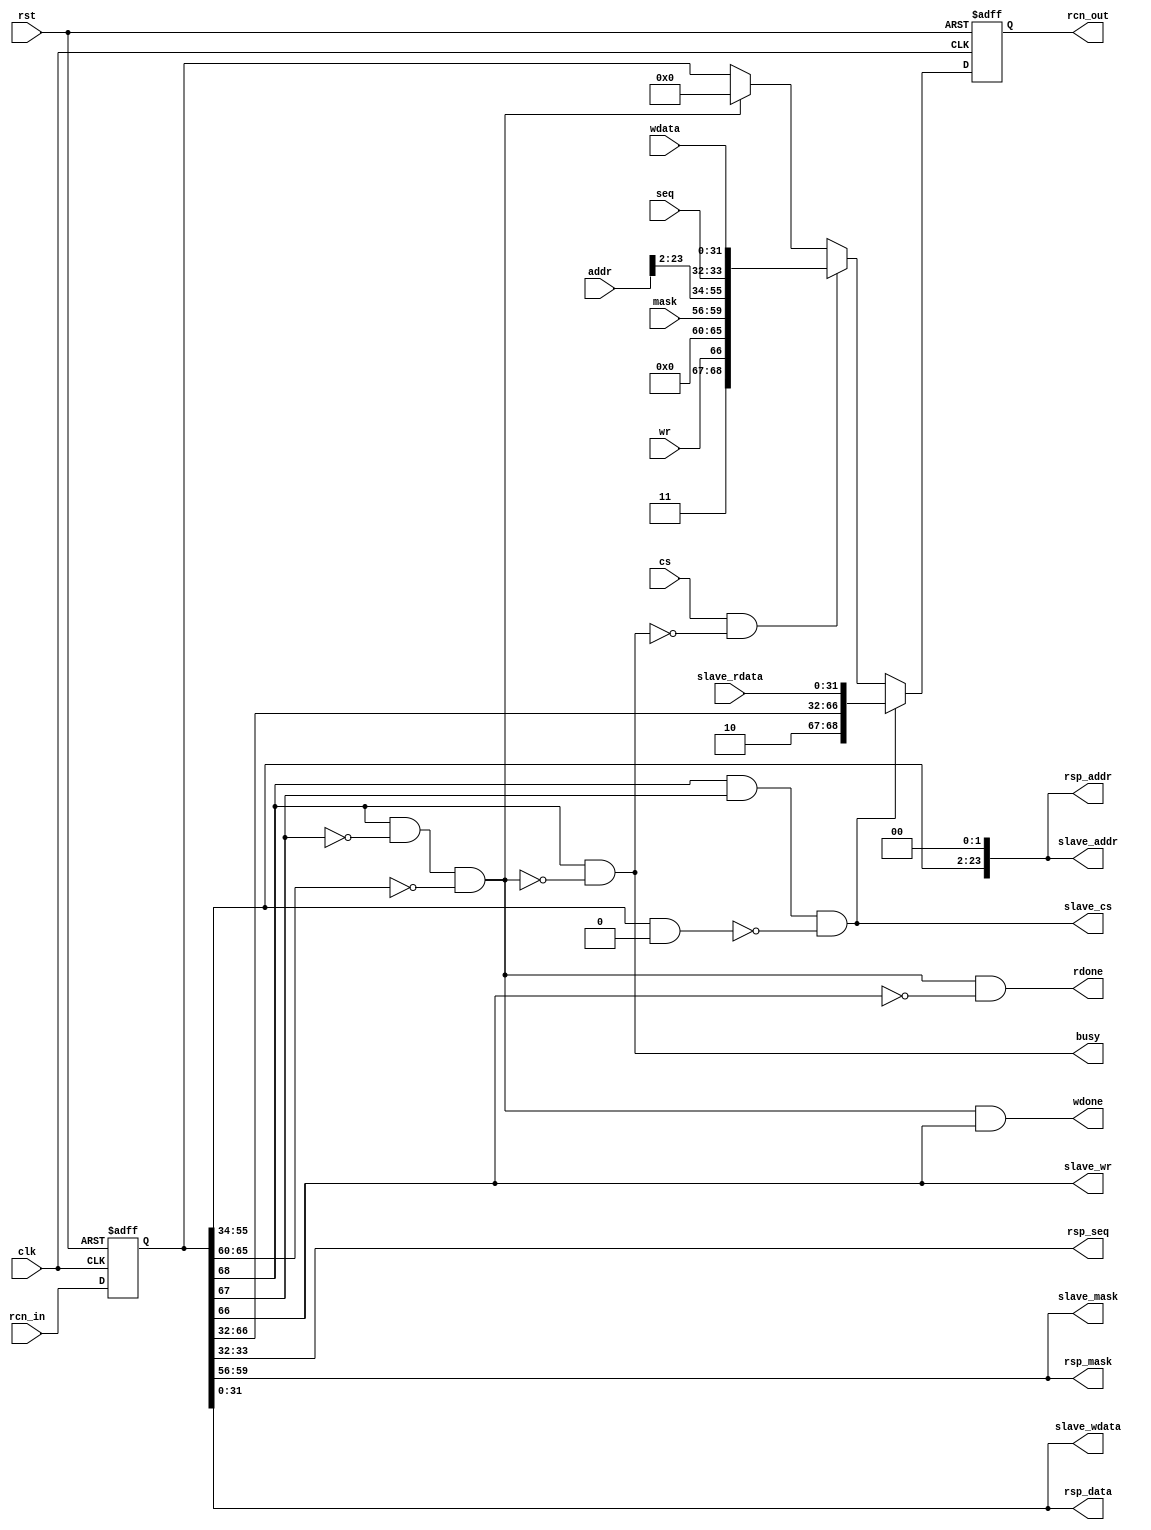
module rcn_master_slave_fast
(
    input rst,
    input clk,

    input [68:0] rcn_in,
    output [68:0] rcn_out,

    input cs,
    input [1:0] seq,
    output busy,
    input wr,
    input [3:0] mask,
    input [23:0] addr,
    input [31:0] wdata,

    output rdone,
    output wdone,
    output [1:0] rsp_seq,
    output [3:0] rsp_mask,
    output [23:0] rsp_addr,
    output [31:0] rsp_data,

    output slave_cs,
    output slave_wr,
    output [3:0] slave_mask,
    output [23:0] slave_addr,
    output [31:0] slave_wdata,
    input [31:0] slave_rdata
);
    parameter MASTER_ID = 0;
    parameter ADDR_MASK = 0;
    parameter ADDR_BASE = 1;

    reg [68:0] rin;
    reg [68:0] rout;

    assign rcn_out = rout;

    wire [5:0] my_id = MASTER_ID;
    wire [23:0] my_mask = ADDR_MASK;
    wire [23:0] my_base = ADDR_BASE;

    wire my_resp = rin[68] && !rin[67] && (rin[65:60] == my_id);

    wire my_req = rin[68] && rin[67] && ((rin[55:34] & my_mask[23:2]) == my_base[23:2]);

    wire [68:0] resp;

    wire req_valid;
    wire [68:0] req;

    always @ (posedge clk or posedge rst)
        if (rst)
        begin
            rin <= 69'd0;
            rout <= 69'd0;
        end
        else
        begin
            rin <= rcn_in;
            rout <= (my_req) ? resp : (req_valid) ? req : (my_resp) ? 69'd0 : rin;
        end

    assign busy = rin[68] && !my_resp;
    assign req_valid = cs && !(rin[68] && !my_resp);
    assign req = {1'b1, 1'b1, wr, my_id, mask, addr[23:2], seq, wdata};

    assign rdone = my_resp && !rin[66];
    assign wdone = my_resp && rin[66];
    assign rsp_seq = rin[33:32];
    assign rsp_mask = rin[59:56];
    assign rsp_addr = {rin[55:34], 2'd0};
    assign rsp_data = rin[31:0];

    assign slave_cs = my_req;
    assign slave_wr = rin[66];
    assign slave_mask = rin[59:56];
    assign slave_addr = {rin[55:34], 2'd0};
    assign slave_wdata = rin[31:0];

    assign resp = {1'b1, 1'b0, rin[66:32], slave_rdata};

endmodule